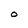
Character: O